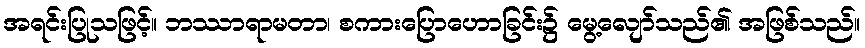
အရင်းပြုသဖြင့်။ ဘဿာရာမတာ၊ စကားပြောဟောခြင်း၌ မွေ့လျော်သည်၏ အဖြစ်သည်။